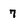
Character: 7